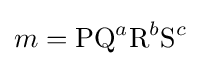
m={\textrm {P}}{\textrm {Q}}^{a}{\textrm {R}}^{b}{\textrm {S}}^{c}